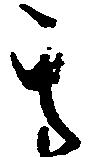
其